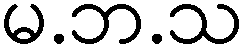
မ.ဘ.သ